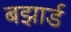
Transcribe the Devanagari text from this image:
बझार्ड